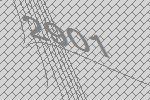
2901